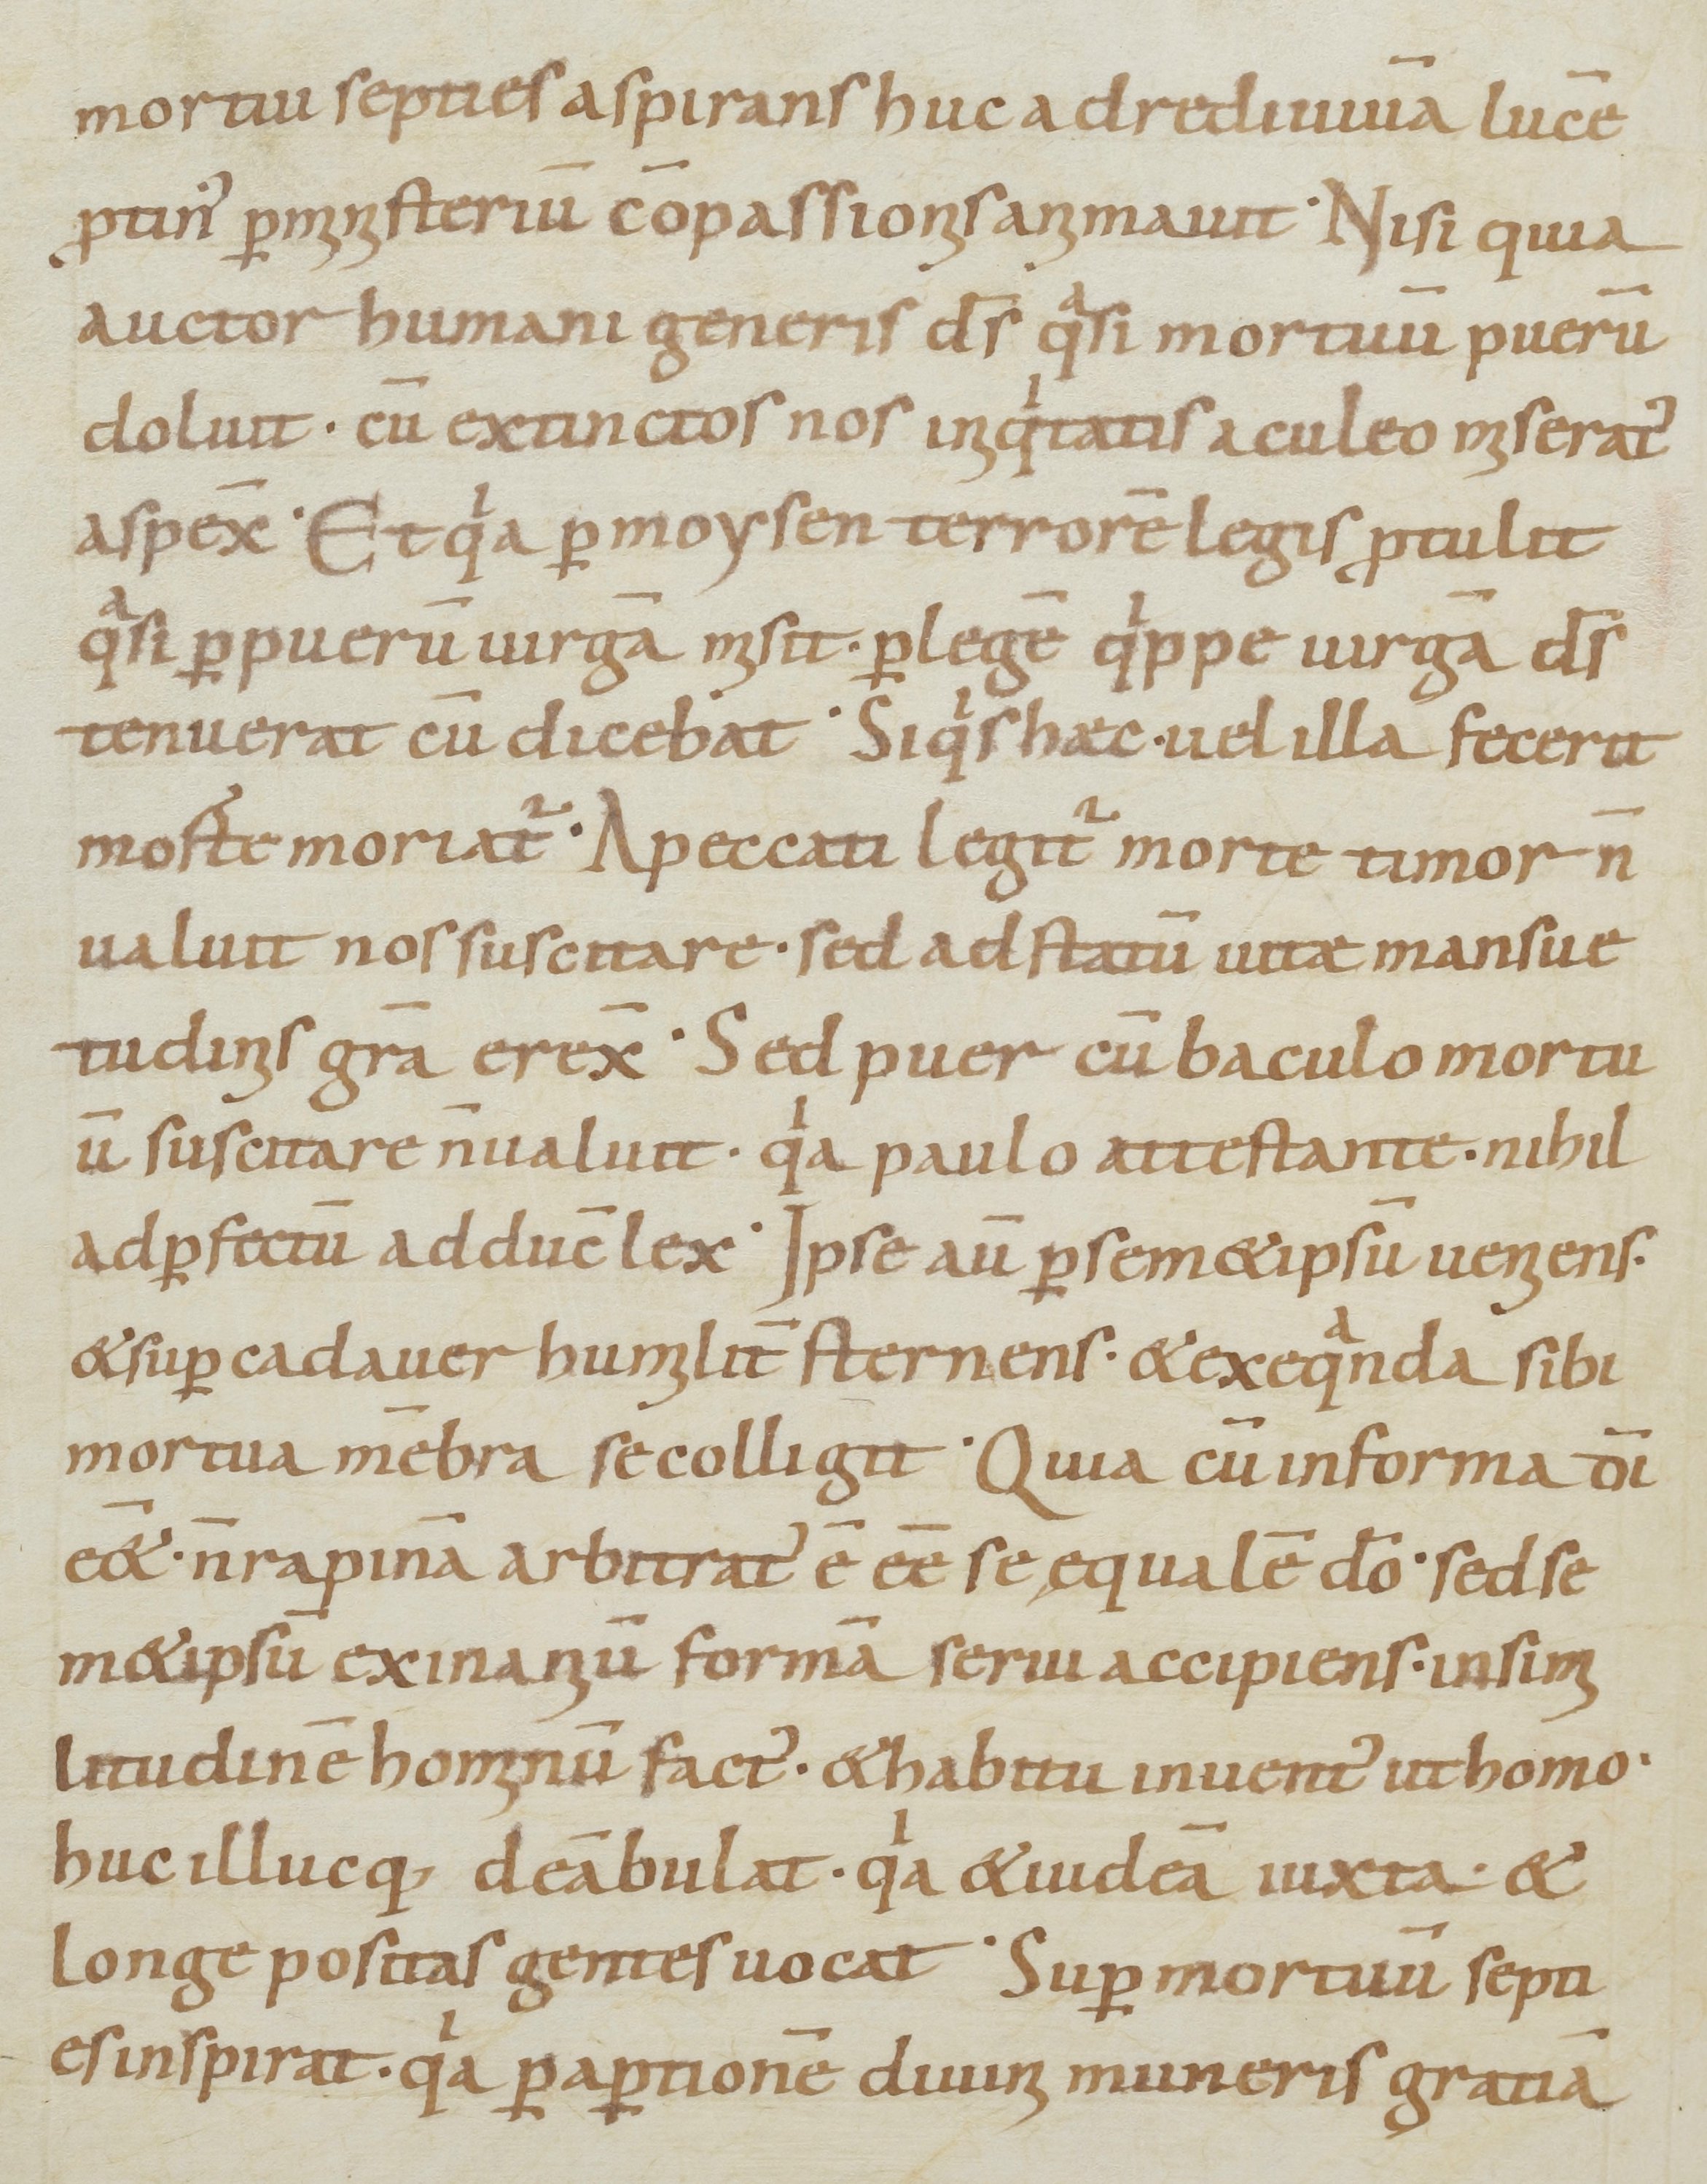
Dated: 800–899